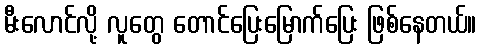
မီးလောင်လို့ လူတွေ တောင်ပြေးမြောက်ပြေး ဖြစ်နေတယ်။